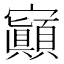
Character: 𡬅